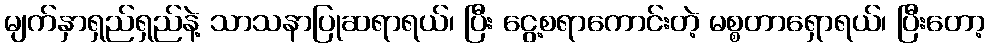
မျက်နှာရှည်ရှည်နဲ့ သာသနာပြုဆရာရယ်၊ ပြီး ငွေ့စရာကောင်းတဲ့ မစ္စတာရှောရယ်၊ ပြီးတော့